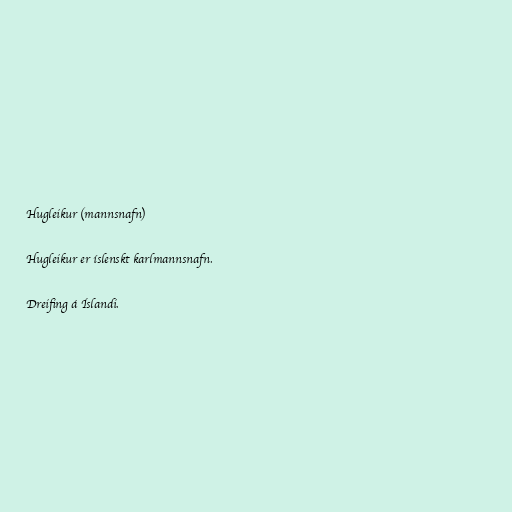
Hugleikur (mannsnafn)

Hugleikur er íslenskt karlmannsnafn.

Dreifing á Íslandi.